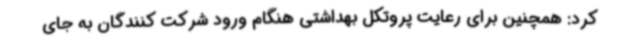
کرد: همچنین برای رعایت پروتکل بهداشتی هنگام ورود شرکت کنندگان به جای